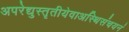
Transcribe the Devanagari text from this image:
अपरेद्युस्तृतीयेवाअस्थिसंचयनं